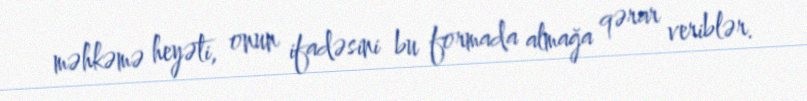
məhkəmə heyəti, onun ifadəsini bu formada almağa qərar veriblər.